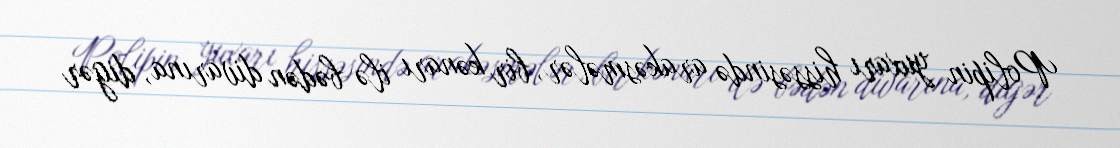
Polipin yuxarı hissəsində arakəsmələr, bir kənarı ilə bədən divarına, digər